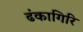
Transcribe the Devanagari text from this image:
ढंकागिरि